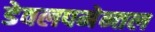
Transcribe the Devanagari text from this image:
डेवलपमेन्तल